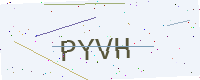
Text: PYVH